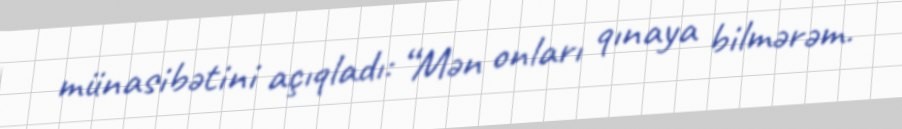
münasibətini açıqladı: “Mən onları qınaya bilmərəm.